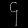
Digit: ၄